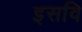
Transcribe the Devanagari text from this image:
इसवि